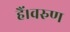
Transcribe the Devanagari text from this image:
हैं।वरुण